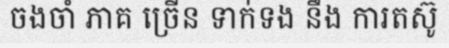
ចងចាំ ភាគ ច្រើន ទាក់ទង នឹង ការតស៊ូ